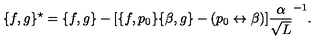
\{ f , g \} ^ { \star } = \{ f , g \} - [ \{ f , p _ { 0 } \} \{ \beta , g \} - ( p _ { 0 } \leftrightarrow \beta ) ] \frac { \alpha } { \sqrt { L } } ^ { - 1 } .